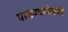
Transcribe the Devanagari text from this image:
पाडण्याऐवजी